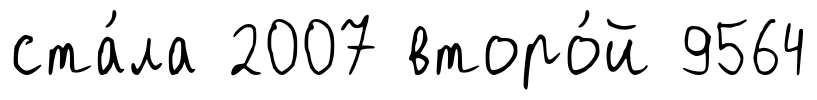
ста́ла 2007 второ́й 9564